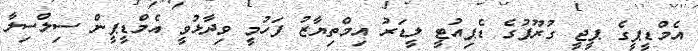
އެމްޑީޕީގެ ޕީޖީ ގުރޫޕުގެ ޑެޕިއުޓީ ލީޑަރު އިމްތިޔާޒު ފަހުމީ ވިދާޅުވީ އެމްޑީޕީން ސިލްސިލާ